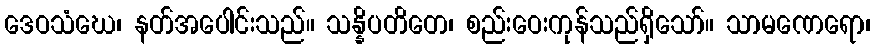
ဒေဝသံဃေ၊ နတ်အပေါင်းသည်။ သန္နိပတိတေ၊ စည်းဝေးကုန်သည်ရှိသော်။ သာမဏေရော၊